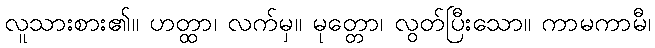
လူသားစား၏။ ဟတ္ထာ၊ လက်မှ။ မုတ္တော၊ လွတ်ပြီးသော။ ကာမကာမီ၊